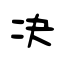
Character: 决